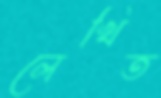
লেখিত